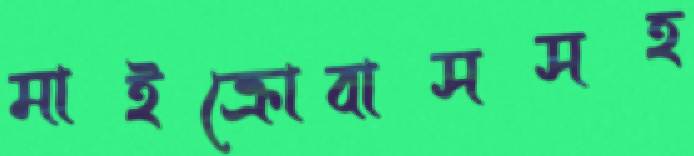
মাইক্রোবাসসহ